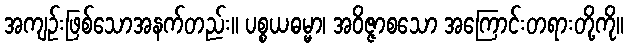
အကျဉ်းဖြစ်သောအနက်တည်း။ ပစ္စယဓမ္မာ၊ အဝိဇ္ဇာစသော အကြောင်းတရားတို့ကို။